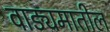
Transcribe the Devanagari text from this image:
वाङ्यमातील